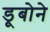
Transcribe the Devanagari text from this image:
डूबोने